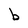
Character: b